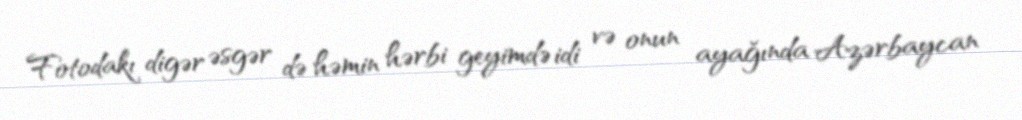
Fotodakı digər əsgər də həmin hərbi geyimdə idi və onun ayağında Azərbaycan